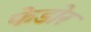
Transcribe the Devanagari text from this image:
फेडोर